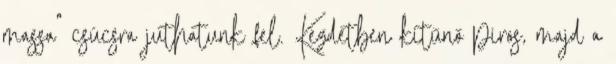
massa" csúcsra juthatunk fel. Kezdetben kitűnő piros, majd a